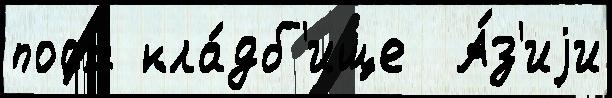
пост кла́дб'ище  А́з'иjи